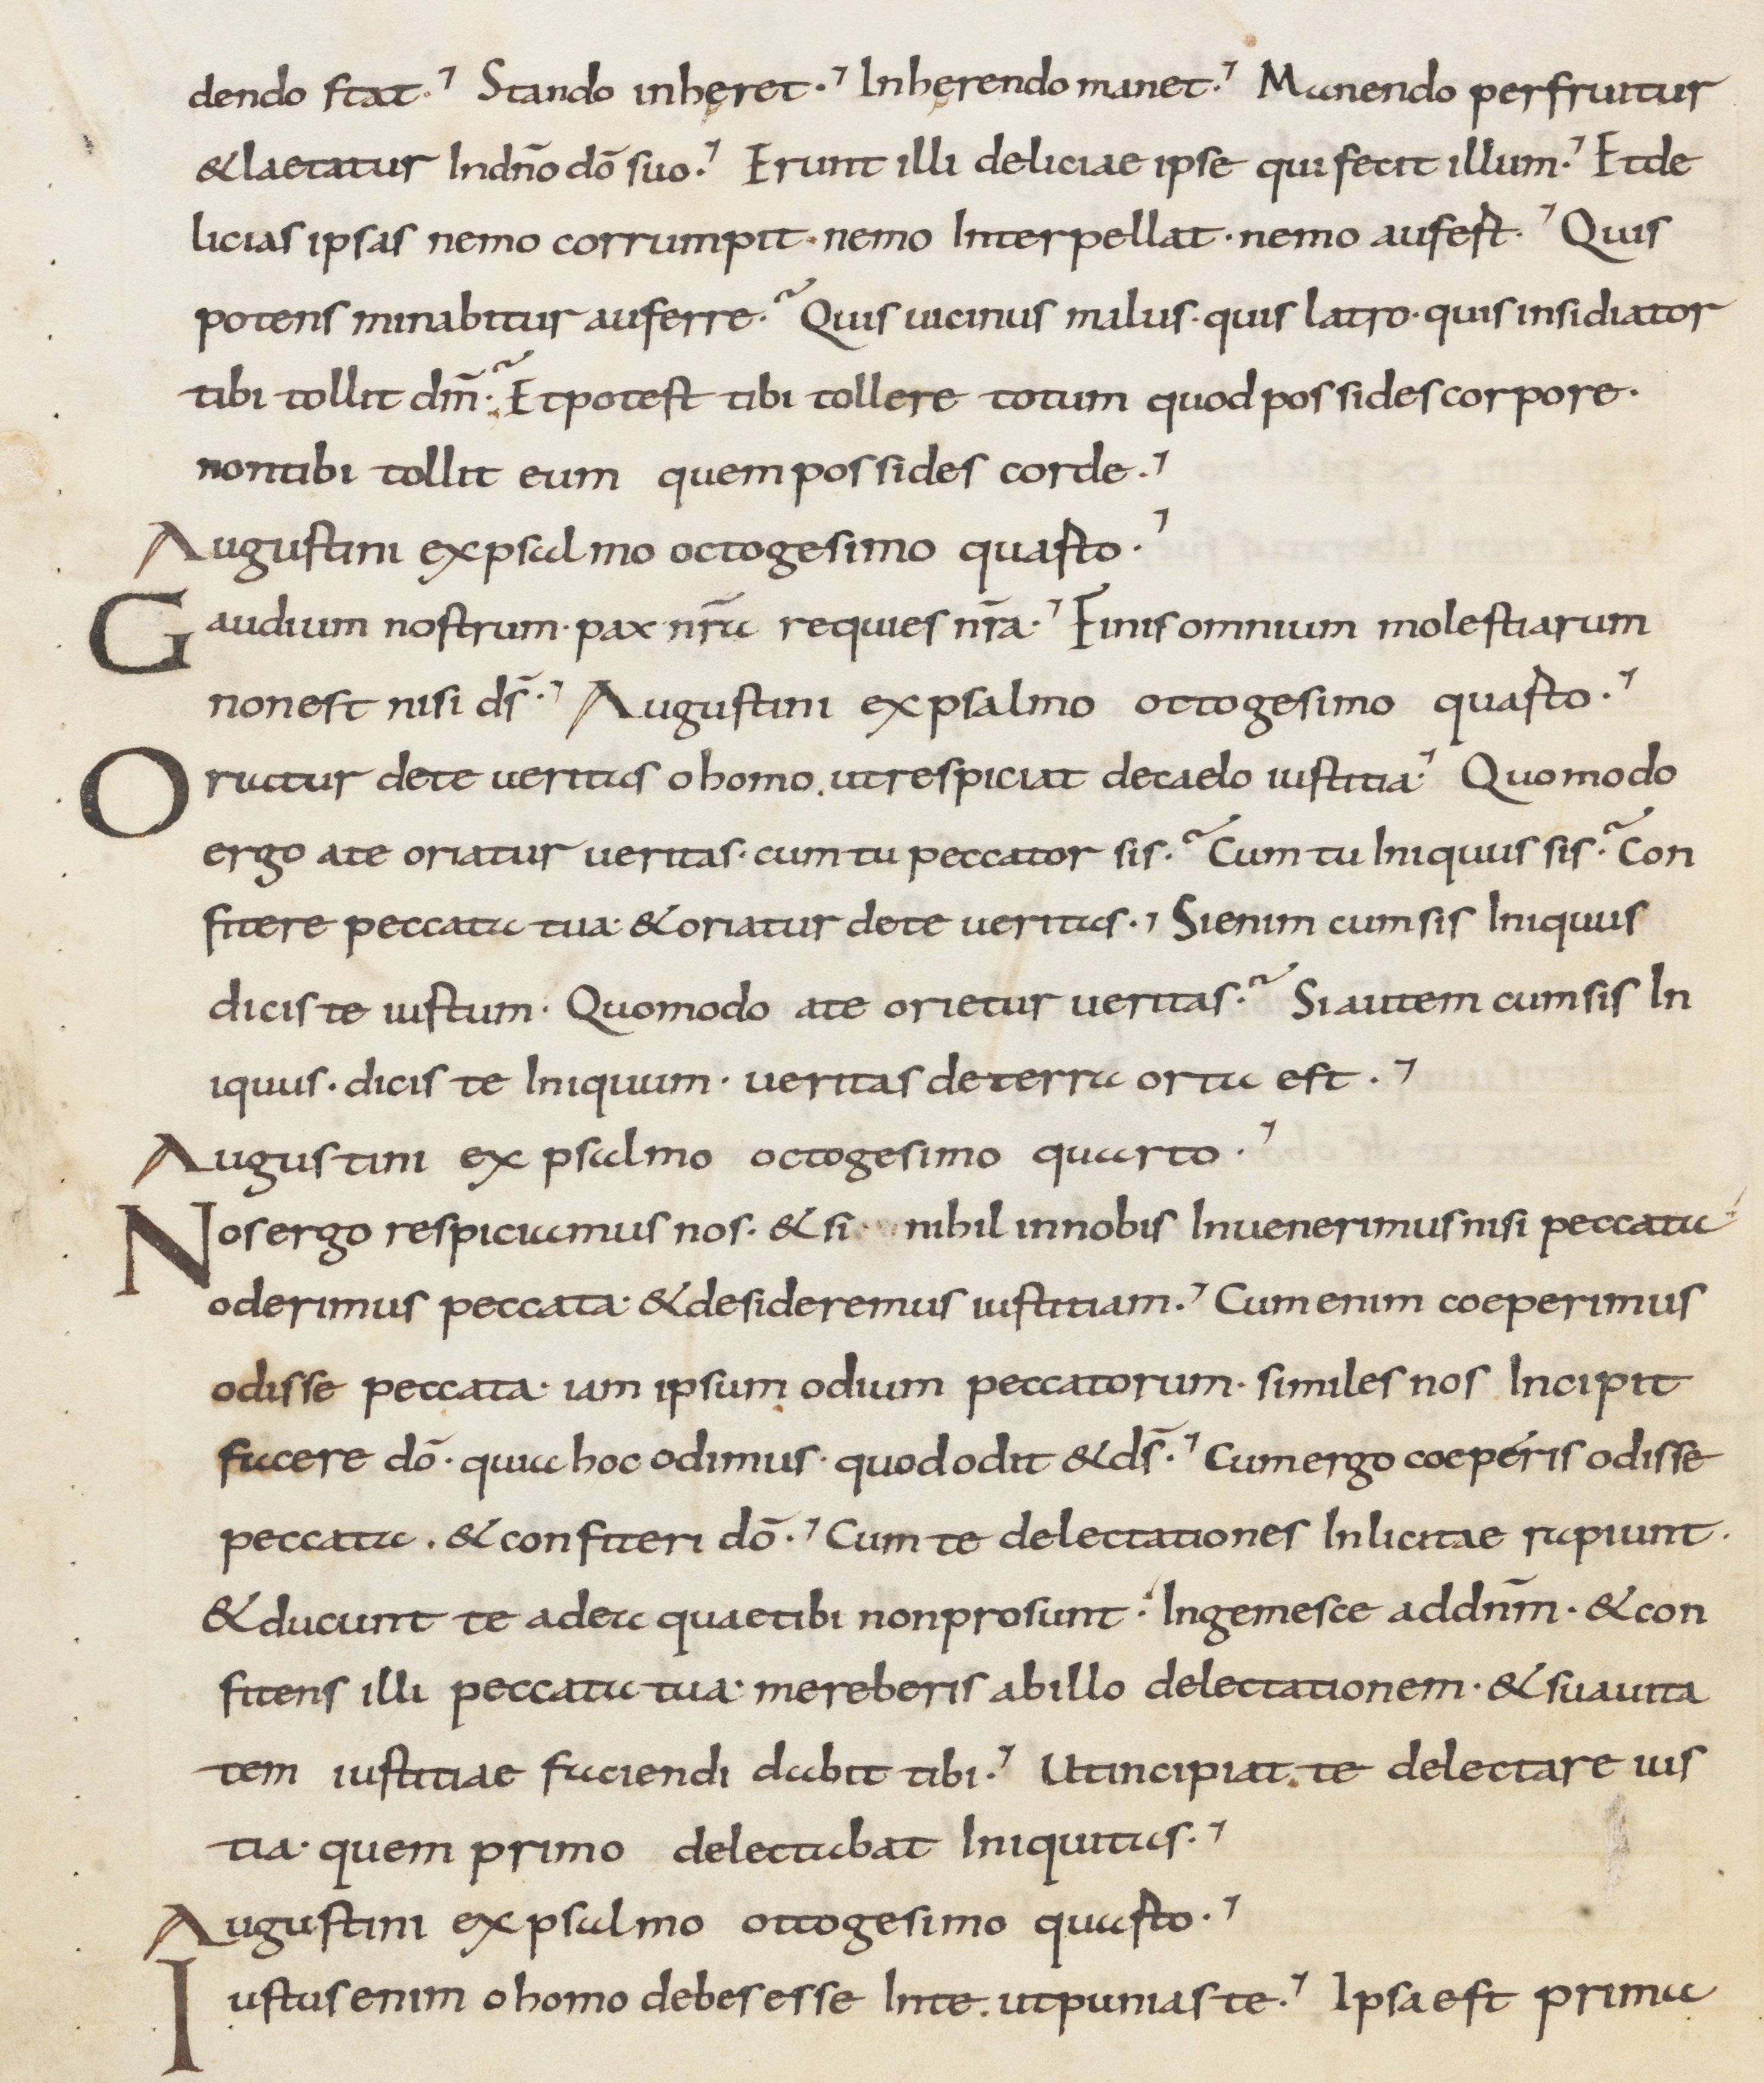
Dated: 800–899